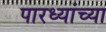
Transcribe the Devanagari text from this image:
पारध्यांच्या